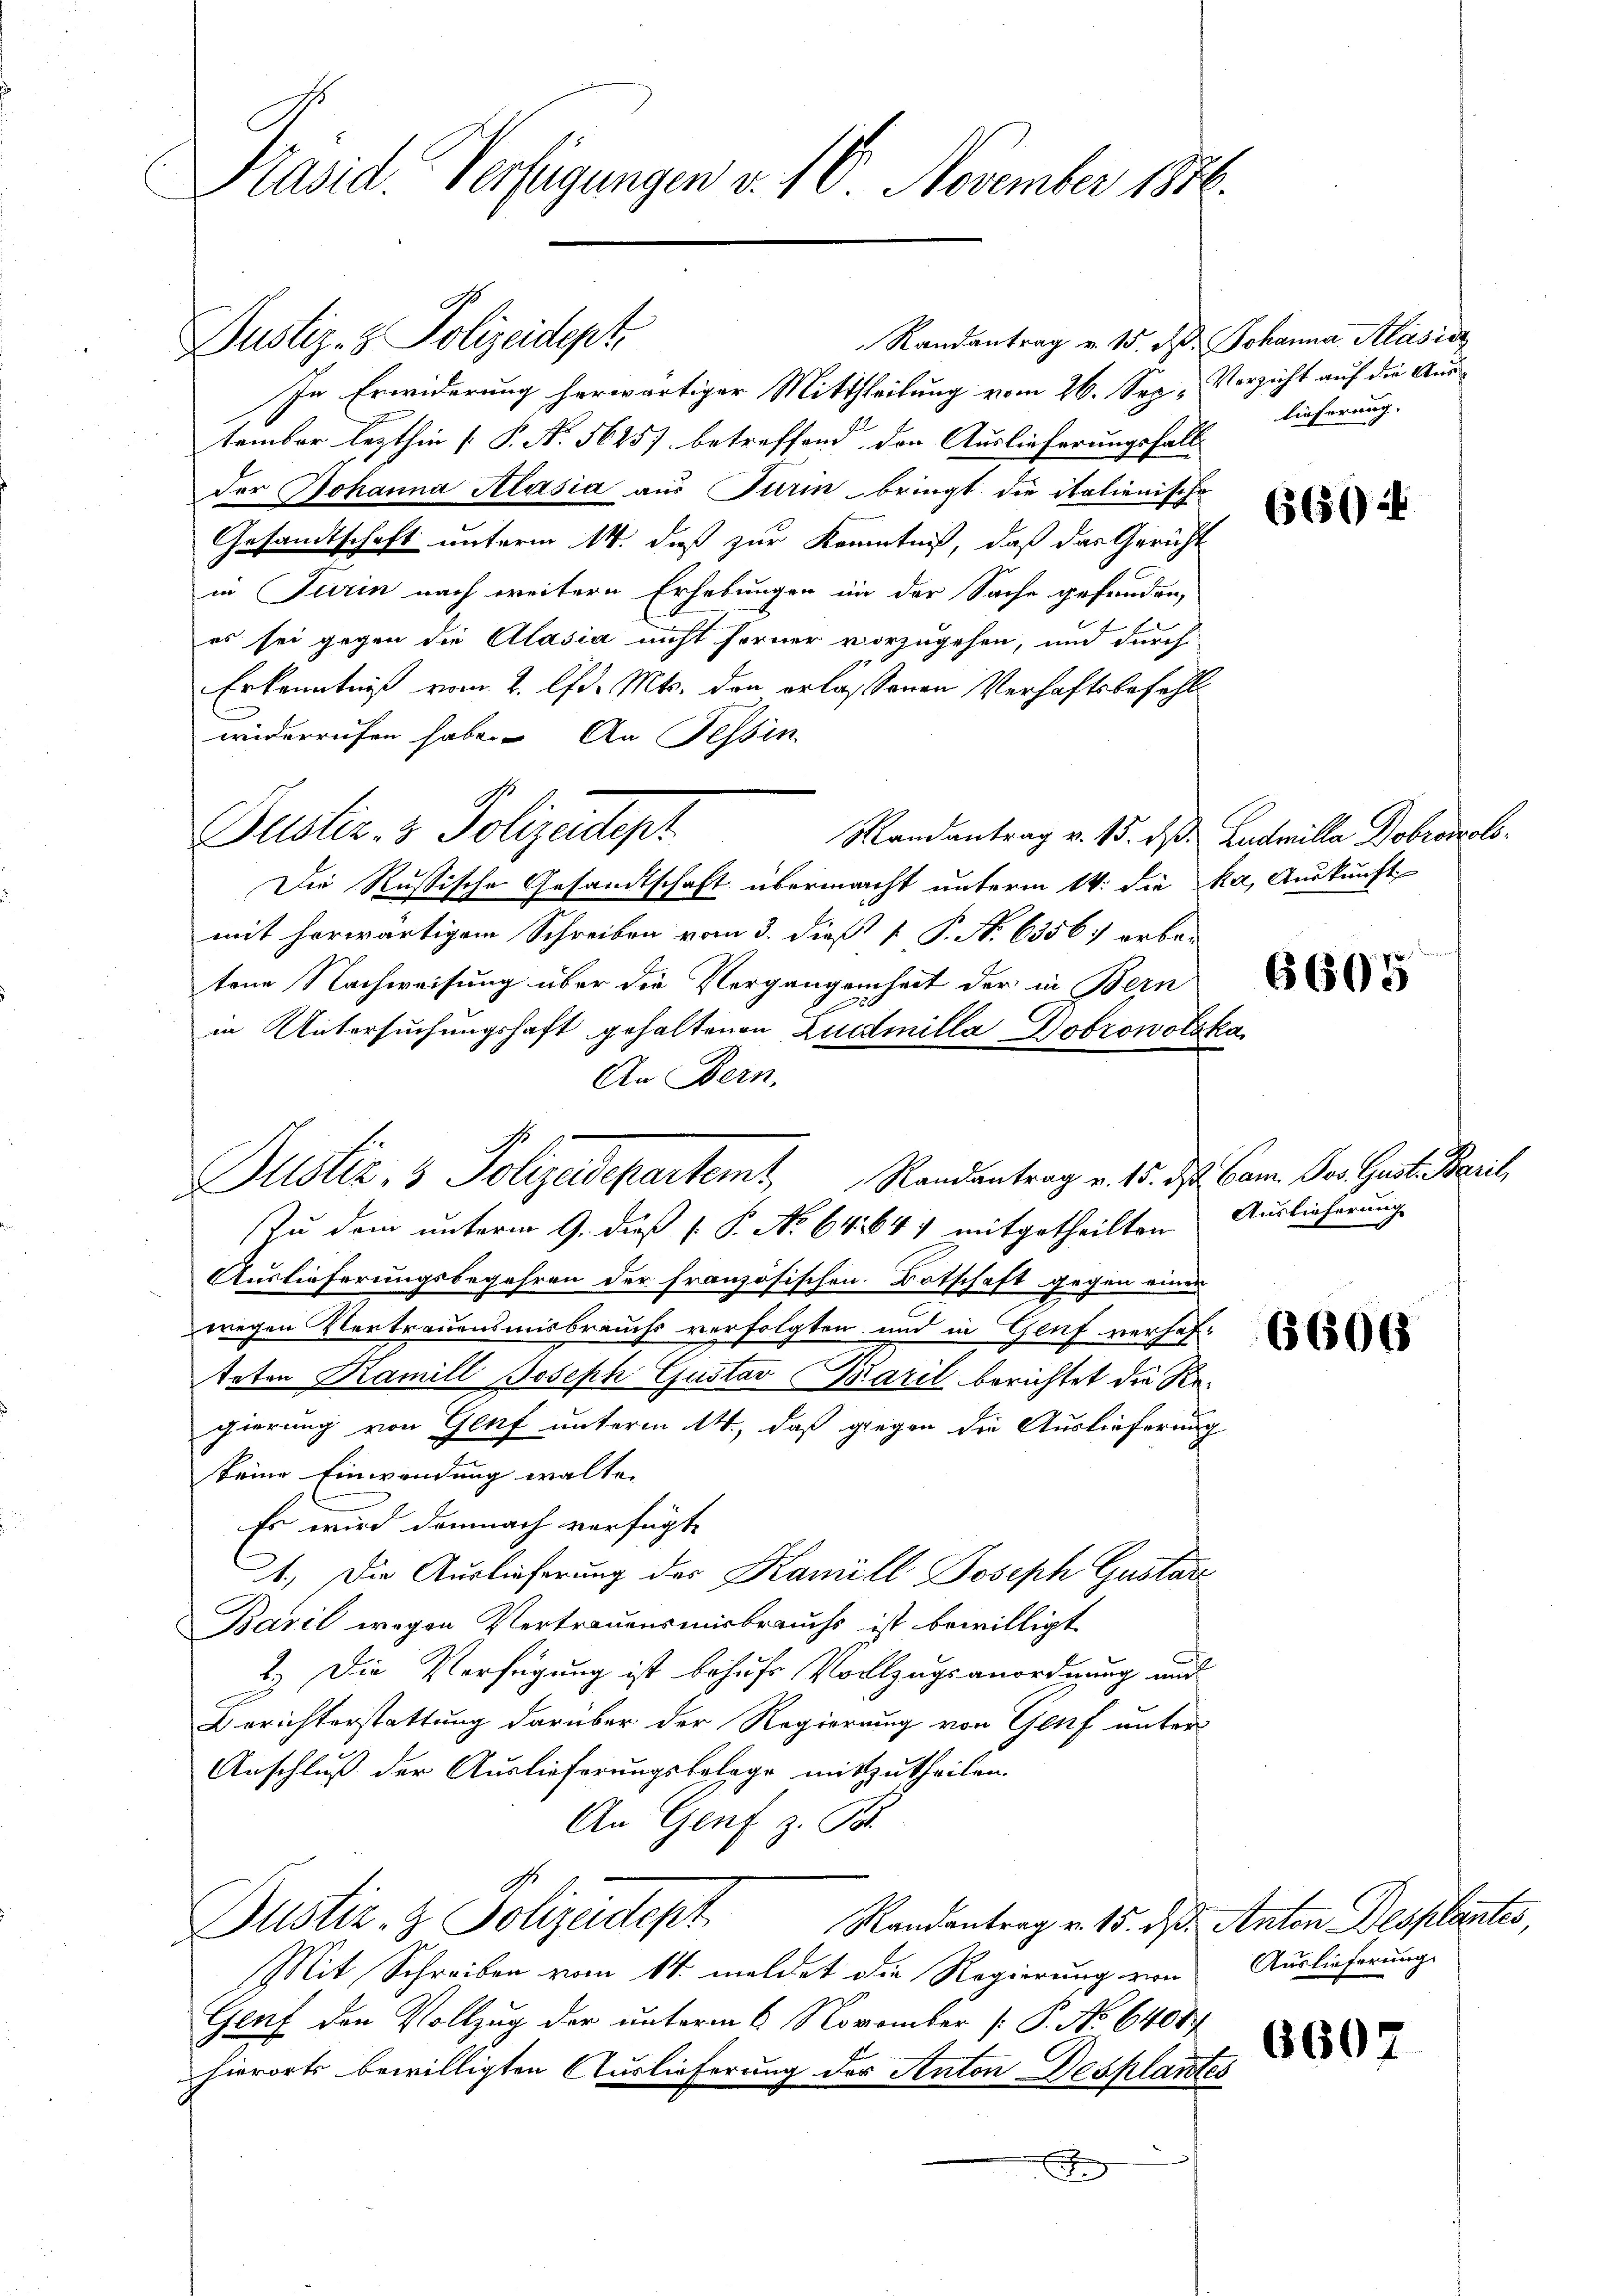
Präsid. Verfügungen v. 16. November 1846.

Randantrag v. 15. d.
In Erwiderung herwärtiger Mittheilung vom 26. September lezthin [P. N. 56257 betreffend den Auslieferungsfall-
der Johanna Alasia aus Turin bringt die italienisch-
Gesandtschaft unterm 14. daß zur Kenntniß, daß das Gericht
in Turin nach weitern Erhebungen in der Sache gefunden,
es sei gegen die Clasia nicht ferner vorzugehen, und durch
Erkenntniß vom 2. lfd. Mts. den erlassenen Verhaftsbefehl
widerrufen habe. An Tessin
Mandantrag v. 15. dß.
Die Russische Gesandtschaft übermacht unterm 14. die
mit herwärtigem Schreiben vom 3. dieß P. P. No. 6356; orbe-
tene Nachweisung über die Vergangenheit der in Bern
in Untersuchungshaft gehaltenen Luddmilla Dobrowote
An Bern,
Zu dem unterm 9. dieß P. P. No 64. 641 mitgetheilten Auslieferung
Auslieferungsbegehren der französischen Botschaft gegen einen
wegen Vertrauensmisbrauchs verfolgten und in Genf verhaf
eton Kamill Joseph Gustav Baril berichtet die Regierung von Genf unterm 14., daß gegen die Auslieferung
keine Einwendung walte. |
Es wird demnach verfügte
1. Die Auslieferung des Kamill Joseph Gustar
Baril wegen Vertrauensmisbrauchs ist bewilligt
2.) Die Verfügung ist behufs Vollzugsanordnung auch
Berichterstattung darüber der Regierung von Genf unter-
Anschluß der Auslieferungsbelege mitzutheilen.
An Genf z. B.
Justiz- & Polizeidept
Randantrag v. 15. dß. Anton Desplantes,
Mit Schreiben vom 14. meldet die Regierung von Auslieferungs
Genf den Vollzug der unterm 6 November [P. No 6401.
hierorts bewilligten Auslieferung der Anton Desplant

Justiz- & Polizeitet

J.
Justiz- & Polizeidepartemt, Randantrag v. 15. ds Bann. Das Gust. Baril

Justiz- & Polizeidept.

Johanna Klasia
Verzicht auf die Auslieferung. |

Ludmille Dobronoloka, Auskunft

660 f

6605

6606

6607
2